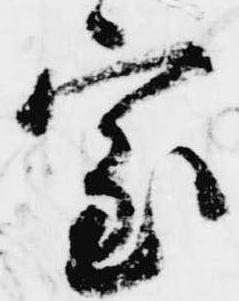
室